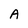
Character: A